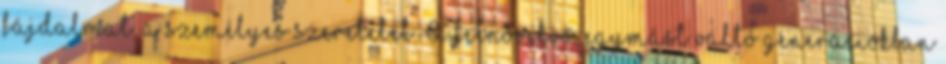
fájdalmat, a személyes szeretetet. A felnövekvő, egymást váltó generációkban